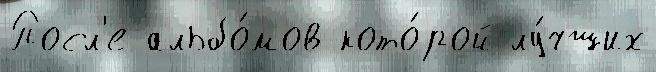
Посл'е альбо́мов кото́рой лу́чших